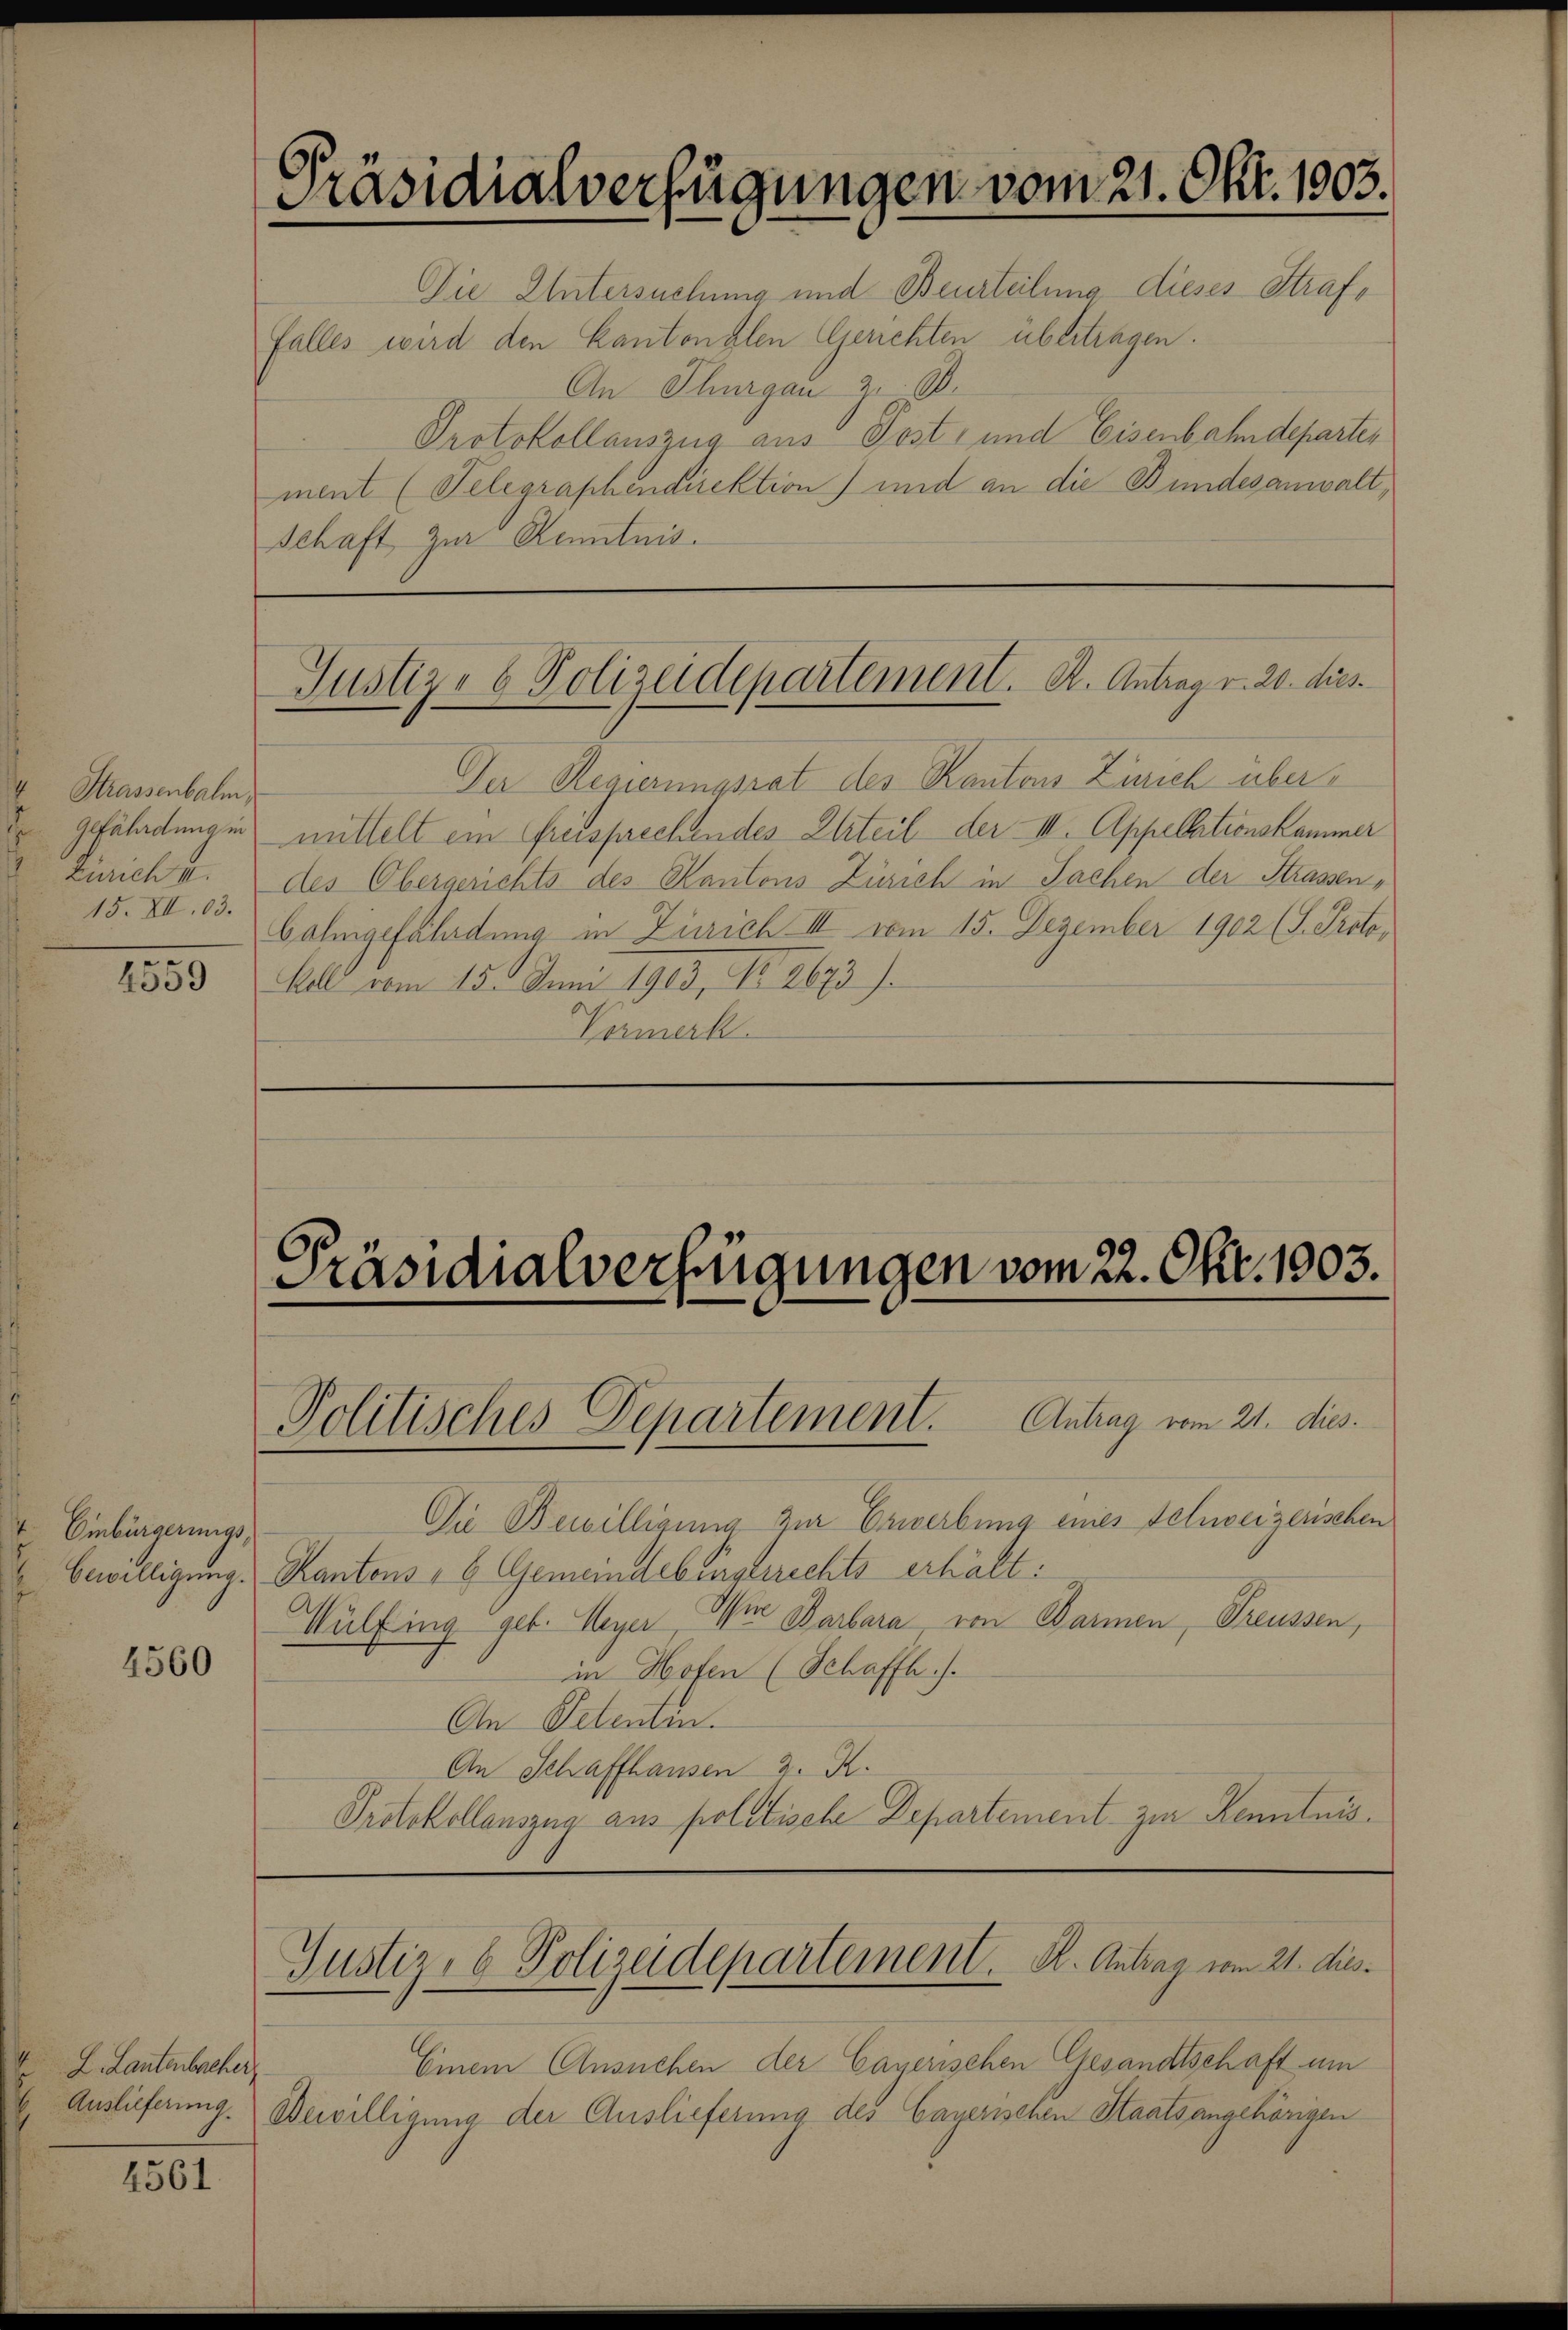
Strassenbalm,
gefährdung in
Zürich u.
15. XII. 63.

4559

1. Einbürgerungs¬

4560

L. Lantenbacher
Auslieferung.

4561

Präsidialverfügungen vom 21. Okt. 1803.
Die Untersuchung und Beurteilung dieses Straffalles wird den Kantonalen Gerichten übertragen.
An Thurgau zu B
Protokollauszug aus Post- und Eisenbahndeparten

ment (Telegraphendirektion) und an die Bundesanwalt,
Schaft zur Kenntnis.

Der Regierungsrat des Kanton Zürich übermittelt ein Greisprechendes Urteil der III. Appellationskammer
des Obergerichts des Kantons Zürich in Sachen der Strassen¬
Cohngefährdung in Zürich III vom 15. Dezember 1902 (S. Protokoll vom 15. Juni 1903, No. 2673).
Vermerk

Justiz- & Polizeidepartement. A. Antrag v. 20. dies

C
Präsidialverfügungen vom 22. Okt. 1003.
Politisches Departement. Antrag vom 21. dies

Die Bewilligung zur Erwerbung eines Schweizerischen
 bewilligung. Kantons - 6 Gemeindebenserrechts erhält:
Wülfing geb. Meyer, Wir Barbara von Barmen, Treussen,
in Hofen (Schaffh
An Petentin.
An Schaffhausen 2. R.
Protokollauszug aus politische Departement zur Kenntnis.

Einem Ansuchen der Caverischen Gesandtschaft um
Bewilligung der Auslieferung des Cayerischen Staatsangehörigen

Justiz, 6 Polizeidepartement. B. Antrag vom 21. dies¬